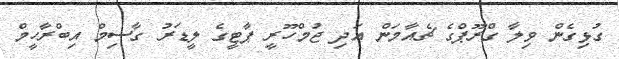
ގުޅިގެން ވިލާ ގްރޫޕްގެ ޗެއާމަން އަދި ޖުމްހޫރީ ޕާޓީގެ ލީޑަރު ގާސިމް އިބްރާހީމް